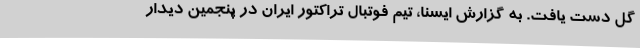
گل دست یافت. به گزارش ایسنا، تیم فوتبال تراکتور ایران در پنجمین دیدار